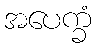
အပေက္ခံ